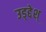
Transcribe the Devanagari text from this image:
उड्द्देश्